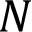
N